Rangoon Lunatic Asylum 1893-1897 - 1893-1897
Year: 1893
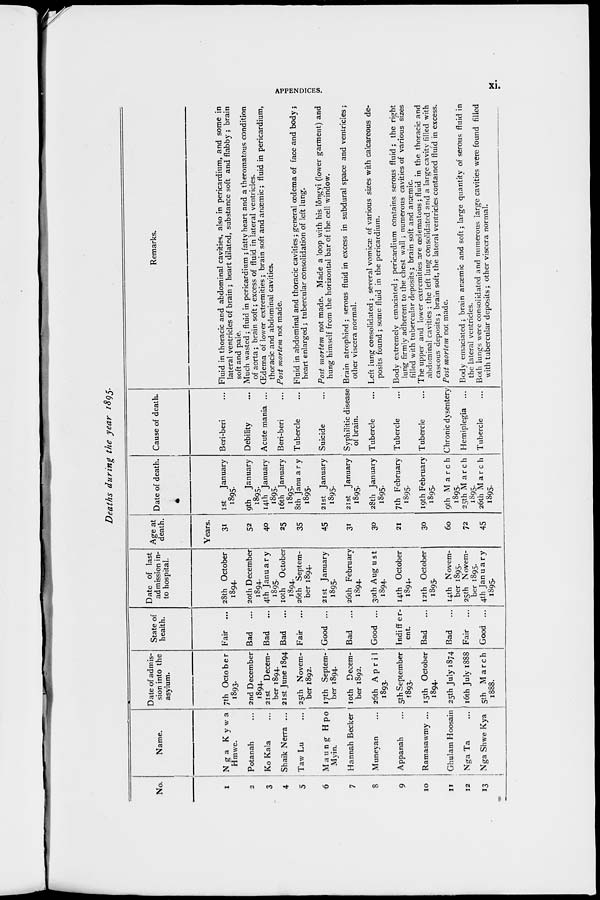
APPENDICES.
xi.
Deaths during the year 1895.
No.
1
2
3
4
5
6
7
8
9
10
11
12
13
Name.
Nga
Kywa
Hmwe.
Potanah ...
Ko Kala ...
Shaik Nerra ...
Taw Lu ...
Maung Hpo
Myin.
Hannah Becker
Muneyan ...
Appanah ...
Ramasawmy ...
Ghulam Hoosain
Nga Ta ...
Nga Shwe Kya
Date of admis-
sion into the
asylum.
7th October
1893.
2nd December
1894.
21st Decem-
ber 1894.
21st June 1894
25th Novem-
ber 1892.
17th Septem-
ber 1894.
10th Decem-
ber 1892.
26th April
1893.
5th September
1893.
15th October
1894.
25th July 1874
16th July 1888
5th March
1888.
State of
health.
Fair ...
Bad
...
Bad
...
Bad
...
Fair ...
Good ...
Bad
...
Good ...
Indiffer-
ent.
Bad
...
Bad
...
Fair ...
Good ...
Date of last
admission in-
to hospital.
28th October
1894.
20th December
1894..
4th January
1895.
10th October
1894.
26th Septem-
ber 1894.
21st January
1895.
26th February
1894.
30th August
1894.
14th October
1894.
12th October
1895.
14th Novem-
ber 1895.
25th Novem-
ber 1895.
4th January
1895.
Age at
death.
Years.
31
52
40
25
35
45
31
30
21
30
60
72
45
Date of death.
1st
January
1895.
9th January
1895.
14th January
1895.
16th January
1895.
8th January
1895.
21st January
1895.
21st January
1895.
28th January
1895.
7th February
1895.
19th February
1895.
9th March
1895.
25th March
1895.
26th March
1895.
Cause of death.
Beri-beri ...
Debility ...
Acute mania ...
Beri-beri ...
Tubercle ...
Suicide ...
Syphilitic disease
of brain.
Tubercle ...
Tubercle ...
Tubercle ...
Chronic dysentery
Hemiplegia ...
Tubercle ...
Remarks.
Fluid in thoracic and abdominal cavities, also in pericardium, and some in
lateral ventricles of brain ; heart dilated, substance soft and flabby ; brain
soft and pale.
Much wasted; fluid in pericardium ; fatty heart and a theromatous condition
of aorta; brain soft; excess of fluid in lateral ventricles.
Œdema of lower extremities; brain soft and anaemic; fluid in pericardium,
thoracic and abdominal cavities.
Post mortem not made.
Fluid in abdominal and thoracic cavities; general oedema of face and body;
heart enlarged; tubercular consolidation of left lung.
Post mortem not made. Made a loop with his lôngyi (lower garment) and
hung himself from the horizontal bar of the cell window.
Brain atrophied; serous fluid in excess in subdural space and ventricles;
other viscera normal.
Left lung consolidated ; several vomicae of various sizes with calcareous de-
posits found ; some fluid in the pericardium.
Body extremely emaciated; pericardium contains serous fluid; the right
lung firmly adherent to the chest wall; numerous cavities of various sizes
filled with tubercular deposits; brain soft and anaemic.
The upper and lower extremities are œdematous; fluid in the thoracic and
abdominal cavities ; the left lung consolidated and a large cavity filled with
caseous deposits; brain soft, the lateral ventricles contained fluid in excess.
Post mortem not made.
Body emaciated; brain anaemic and soft; large quantity of serous fluid in
the lateral ventricles.
Both lungs were consolidated and numerous large cavities were found filled
with tubercular deposits; other viscera normal.